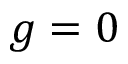
g = 0